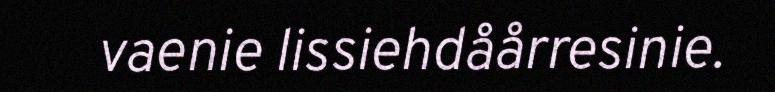
vaenie lissiehdåårresinie.